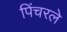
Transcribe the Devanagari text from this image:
पिंचरले